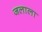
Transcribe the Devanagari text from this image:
जलाला